Indian journal of veterinary science and animal husbandry - Volume 8,
Year: 1938
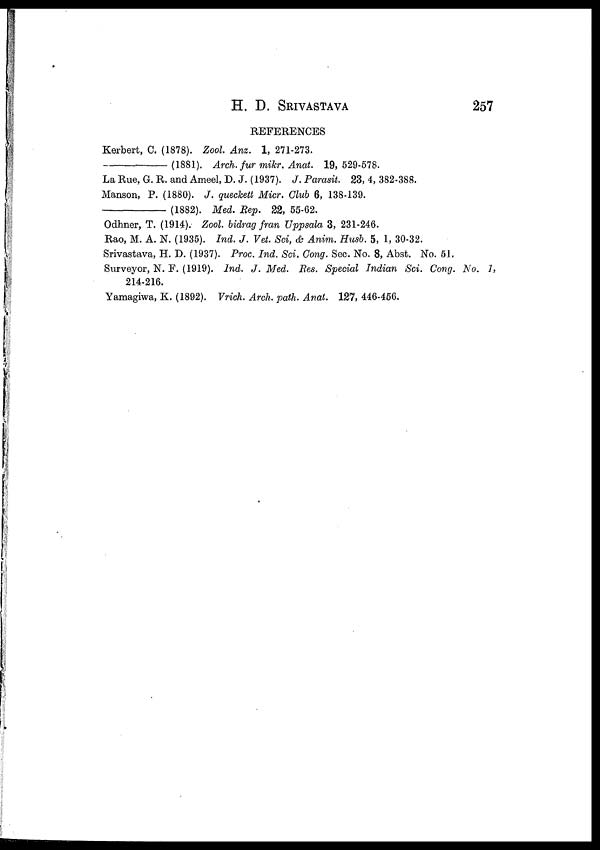
H. D.
SRIVASTAVA
257
REFERENCES
Kerbert, C. (1878). Zool. Anz. 1, 271-273.
—(1881).
Arch.
fur mikr. Anat. 19, 529-578.
La Rue, G. R. and Ameel, D. J. (1937). J. Parasit. 23, 4, 382-388.
Manson, P. (1880). J. queckett Micr. Club 6, 138-139.
—(1882).
Med. Rep. 22, 55-62.
Odhner, T. (1914). Zool. bidrag fran Uppsala 3, 231-246.
Rao, M. A. N. (1935). Ind. J. Vet. Sci, & Anim. Husb. 5, 1, 30-32.
Srivastava, H. D. (1937). Proc. Ind. Sci. Cong. Sec. No. 8, Abst. No. 51.
Surveyor, N. F. (1919). Ind. J. Med. Res. Special Indian Sci. Cong. No. 1,
214-216.
Yamagiwa, K. (1892). Vrich. Arch. path. Anat. 127, 446-456.